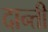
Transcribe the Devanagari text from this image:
दान्ती